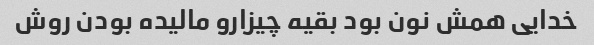
خدایی همش نون بود بقیه چیزارو مالیده بودن روش